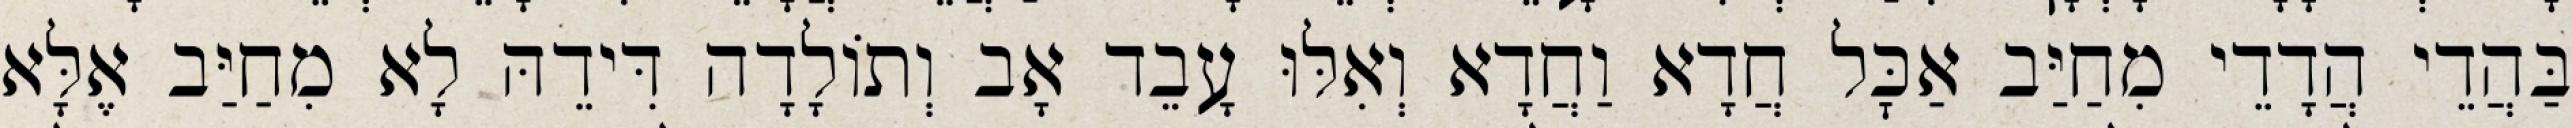
בַּהֲדֵי הֲדָדֵי מִחַיַּב אַכׇּל חֲדָא וַחֲדָא וְאִלּוּ עָבֵד אָב וְתוֹלָדָה דִּידֵהּ לָא מִחַיַּב אֶלָּא